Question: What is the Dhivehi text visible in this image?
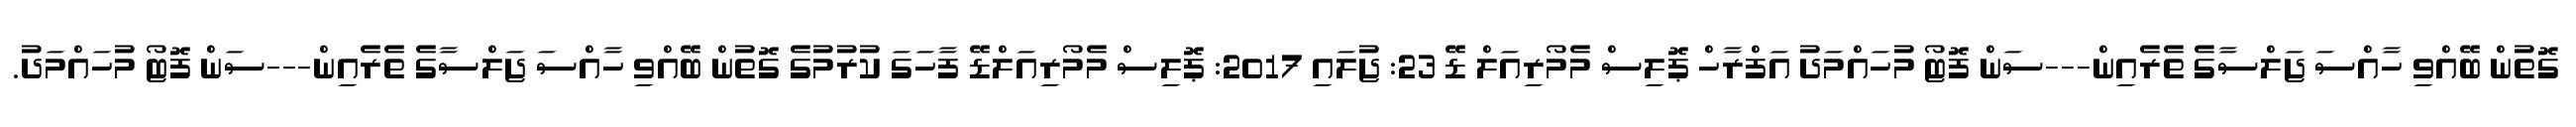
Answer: ގޮތުން ބޭއްވި ހާއްސަ ޖަލްސާގެ ތެރެއިން---ސަން ފޮޓޯ މުހައްމަދު އަފްރާހް ޕޮލިސް މެމޯރިއަލް ޑޭ 23: ޖުލައި 2017: ޕޮލިސް މެމޯރިއަލްޑޭ ފާހަގަ ކުރުމުގެ ގޮތުން ބޭއްވި ހާއްސަ ޖަލްސާގެ ތެރެއިން---ސަން ފޮޓޯ މުހައްމަދު.